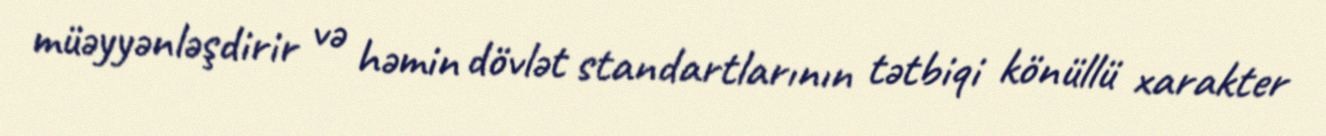
müəyyənləşdirir və həmin dövlət standartlarının tətbiqi könüllü xarakter